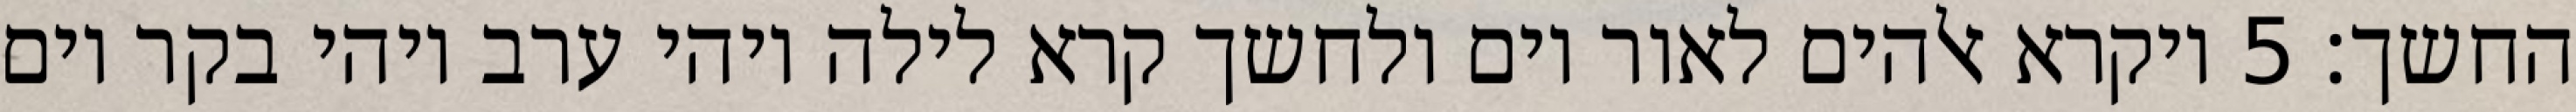
החשך׃ ‎5‏ ויקרא אלהים לאור יום ולחשך קרא לילה ויהי ערב ויהי בקר יום